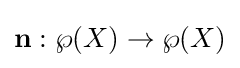
\mathbf {n} :\wp (X)\to \wp (X)